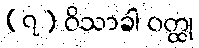
(၇) ဝိသာခါ ဝတ္ထု